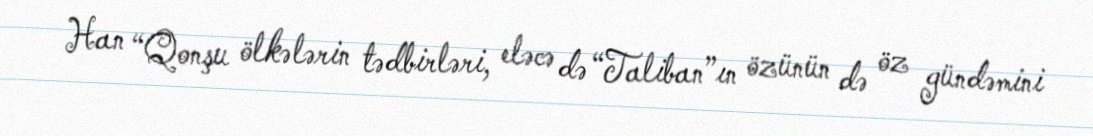
Han “Qonşu ölkələrin tədbirləri, eləcə də “Taliban”ın özünün də öz gündəmini